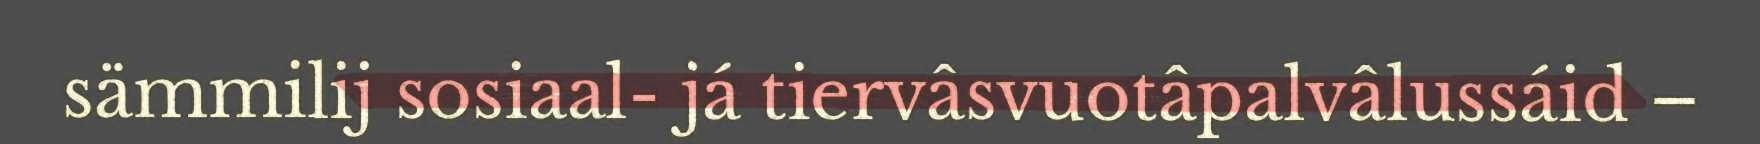
sämmilij sosiaal- já tiervâsvuotâpalvâlussáid –